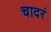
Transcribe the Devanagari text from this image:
चादरं